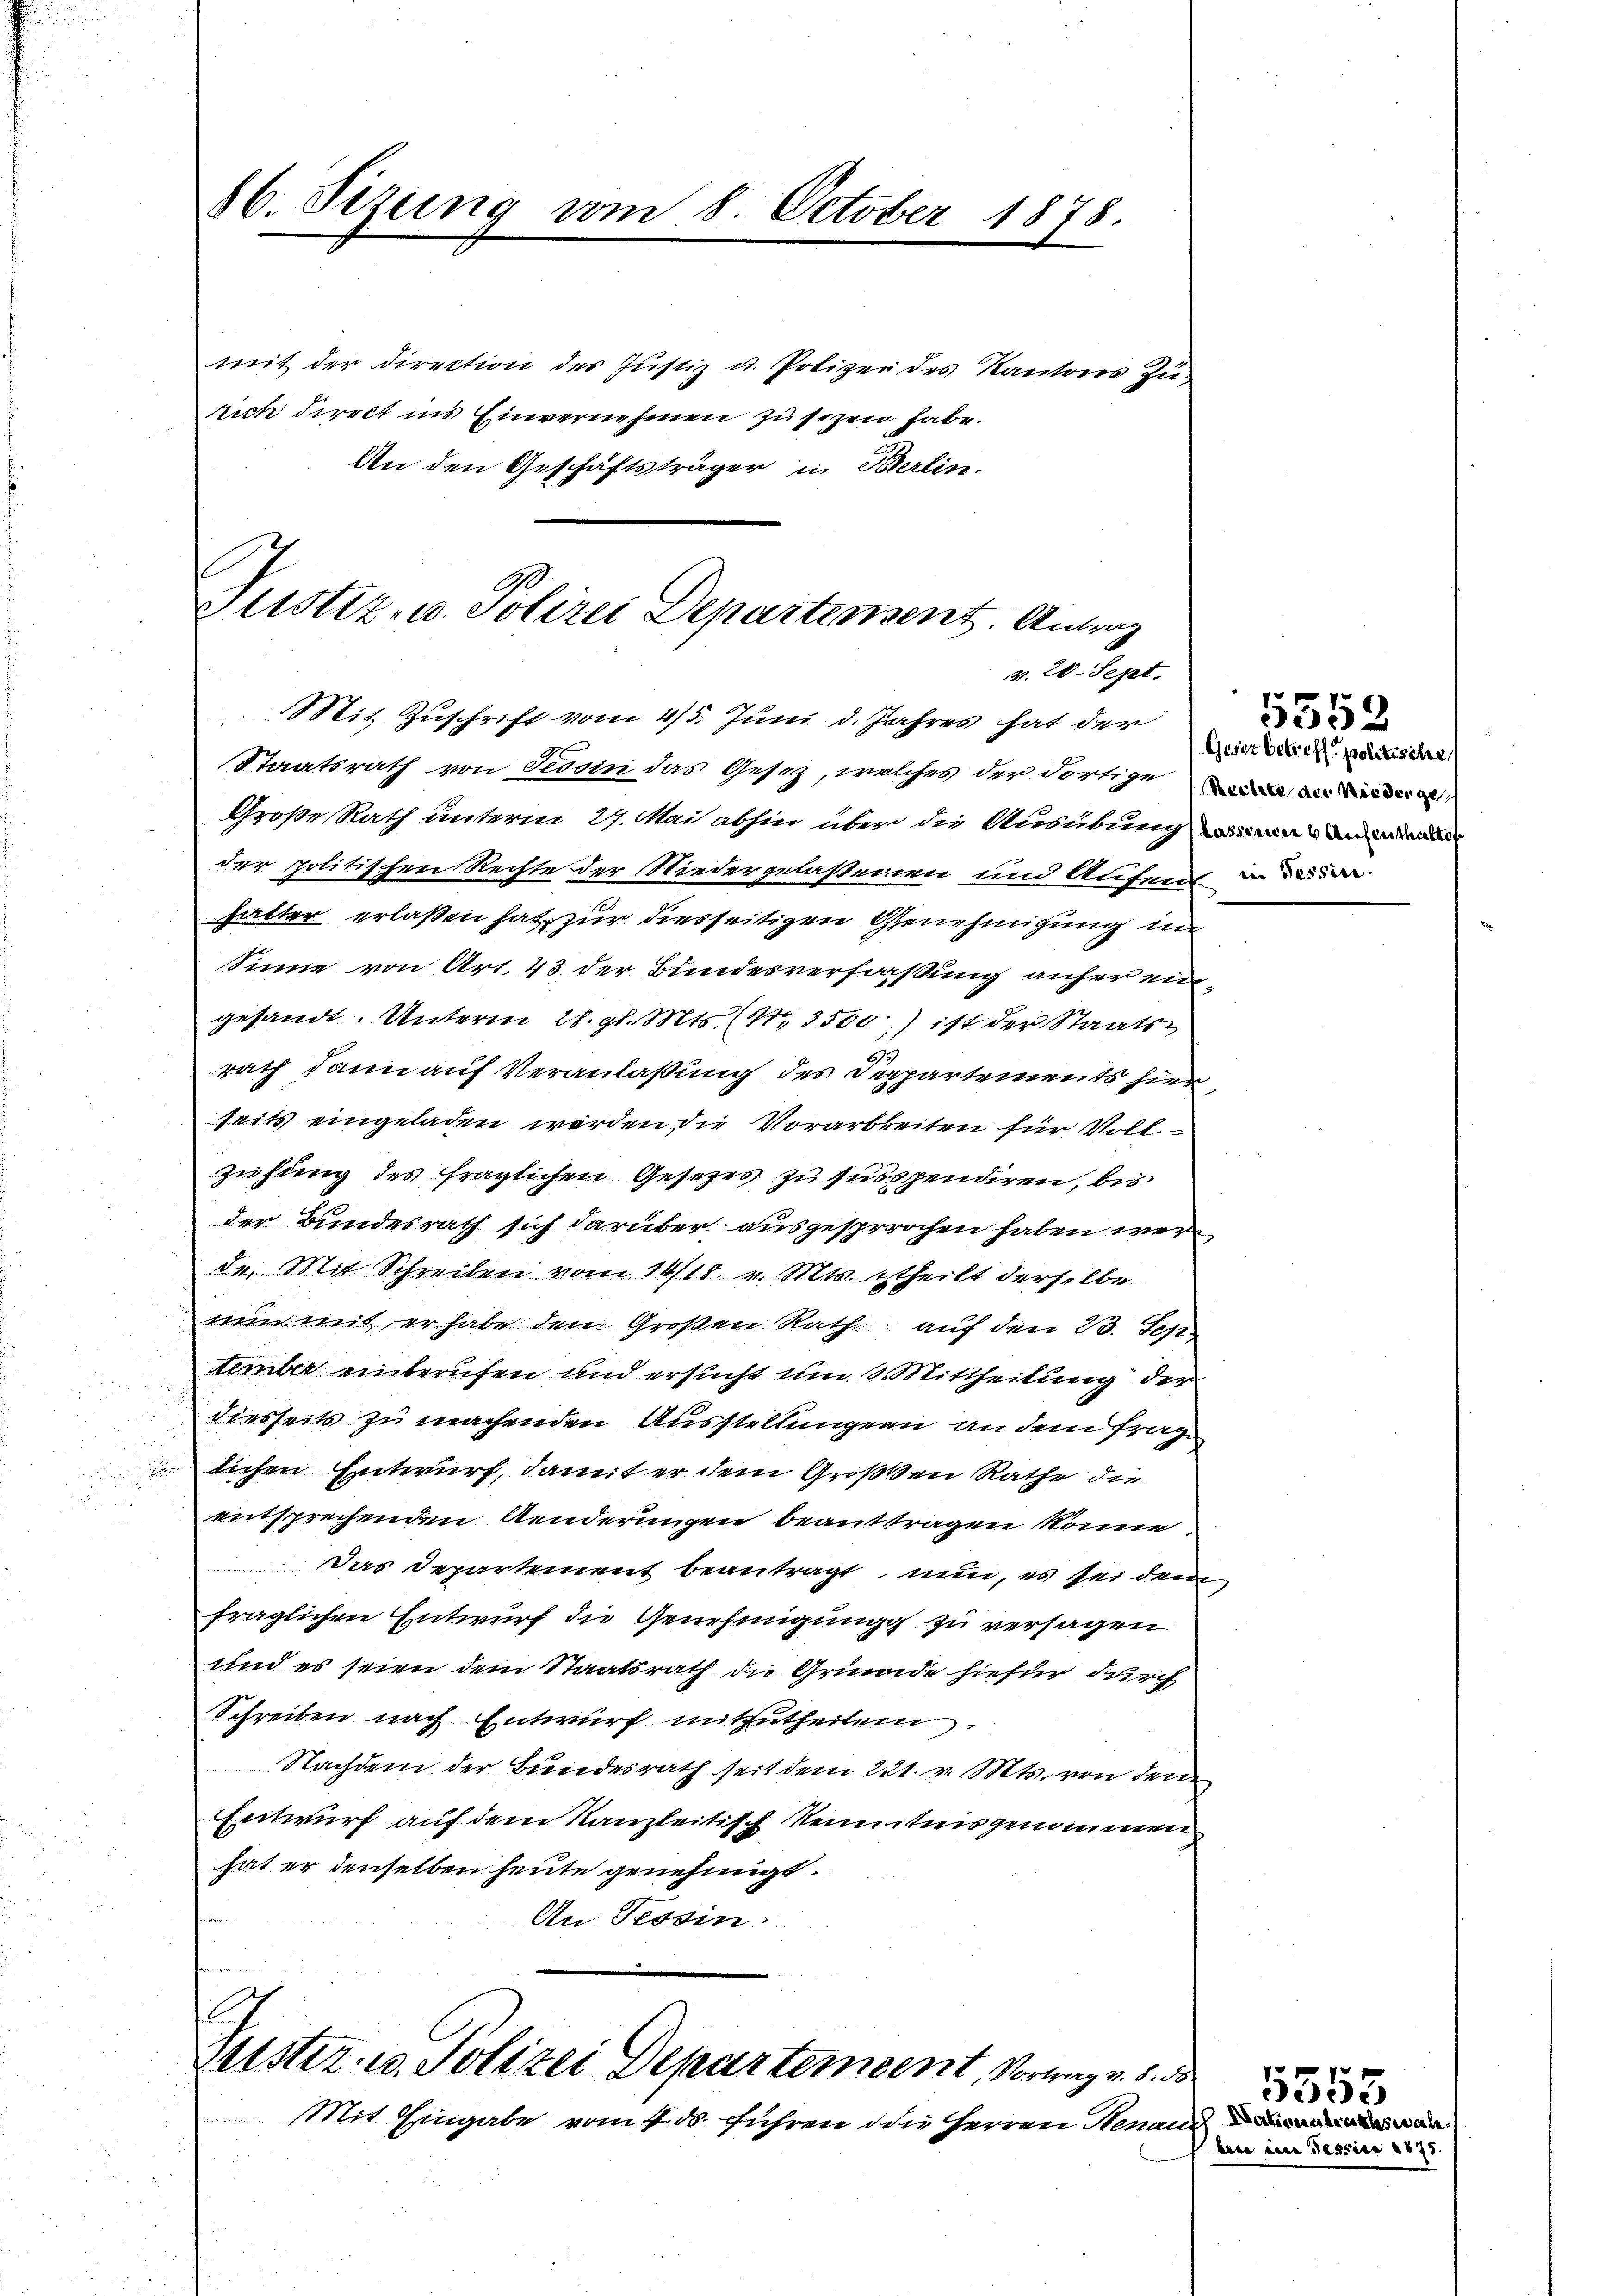
86. Sezung vom 8. October 1878.

mit der Direction der Justiz u. Polizei des Kantons Zurich direkt ins Einvernehmen zu sezen habe.
An den Geschäftsträger in Berlin.

Justiz- u. Polizei Departinsent. Antrag
v. 20. Sept.
Mit Zuschrift vom 4/5. Juni d. Jahres hat der

Suster. v. Polizei Departement, Vornay v. 5. d.

Staatsrath von Sesoin das Gesetz, welches der dortige in Beider
Große Rath unterm 27. Mai abhin über die Ausübung an war an den
der politischen Rechte der Niedergelaßenden und Aufent in der
halter erlaßen hat, zur diesseitigen Genehmigung in
Sinne von Art. 43 der Bundesverfaßung anher eingesandt. Unterm 28. gl. Mts. (N. 3500) ist der Staats¬
6
rath dann auf Veranlaßung des Departements hier
seits eingeladen werden die Vorarbeiten für Vollziehung des fraglichen Gesezes zu suspendiren, bis
der Bundesrath sich darüber ausgesprochen haben werde. Mit Schreiben vom 14/18. v. Mts. ttheilt derselbe
nun mit er habe den Großen Rath auf den 23. Sep.
tember einberufen und ersucht um Mittheilung der
diesseits zu machenden Ausstellungen an dem frage
lichen Entwurf, damit er dem Großen Rathe die
entsprechenden Aenderungen beanttragen könne.
Das Departement beantragt nun, es sei dem
fraglichen Entwurf die Genehmigung zu versagen
und es seien dem Staatsrath die Gründe hiefür durch
Schreiben nach Entwurf mitzutheilen
Nachdem der Bundesrath seit dem 221. v. Mts. von den
Entwurf auf dem Kanzleitisch Kenntnis genommen
hat er denselben heute genehmigt.
An Tessin

Mit Hingabe vom 4. ds. führen die Herren Renau a

5552
Gesetz betreff politische

bene eine Tessira 257.

5555